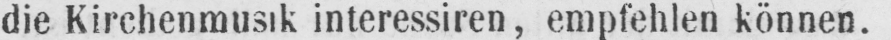
die Kirchenmusik interessiren, empfehlen können.